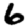
Digit: 6